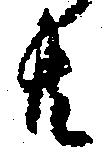
共